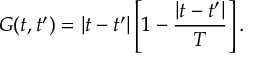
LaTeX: G ( t , t ^ { \prime } ) = \left| { t - t ^ { \prime } } \right| \left[ { 1 - \frac { { \left| { t - t ^ { \prime } } \right| } } { T } } \right] .